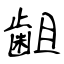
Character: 𪗱